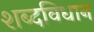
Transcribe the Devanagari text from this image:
शब्दविधान